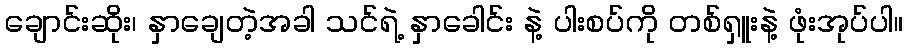
ချောင်းဆိုး၊ နှာချေတဲ့အခါ သင်ရဲ့ နှာခေါင်း နဲ့ ပါးစပ်ကို တစ်ရှူးနဲ့ ဖုံးအုပ်ပါ။